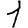
Digit: 1